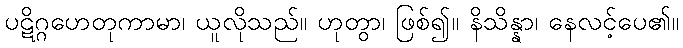
ပဋိဂ္ဂဟေတုကာမာ၊ ယူလိုသည်။ ဟုတွာ၊ ဖြစ်၍။ နိသိန္နာ၊ နေလင့်ပေ၏။